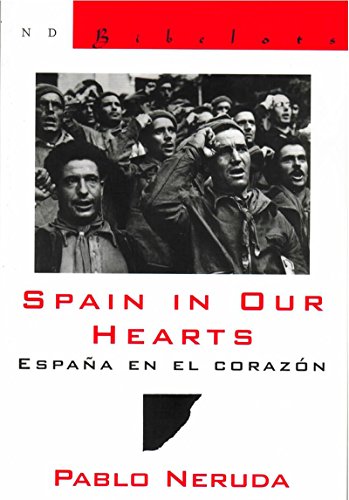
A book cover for Spain in Our Hearts/Espana en el corazon (New Directions Bibelots); Pablo Neruda; Reference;